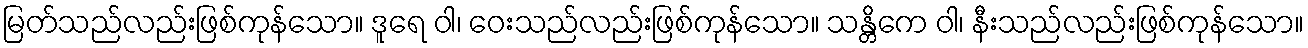
မြတ်သည်လည်းဖြစ်ကုန်သော။ ဒူရေ ဝါ၊ ဝေးသည်လည်းဖြစ်ကုန်သော။ သန္တိကေ ဝါ၊ နီးသည်လည်းဖြစ်ကုန်သော။